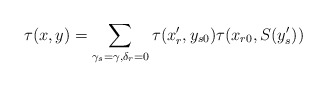
\begin{align*}\tau(x,y)=\sum_{\gamma_s=\gamma, \delta_r=0}\tau(x'_r,y_{s0})\tau(x_{r0},S(y'_s))\end{align*}